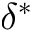
\delta ^ { * }